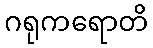
ဂရုကရောတိ